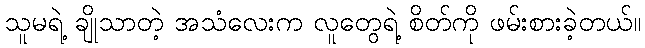
သူမရဲ့ ချိုသာတဲ့ အသံလေးက လူတွေရဲ့ စိတ်ကို ဖမ်းစားခဲ့တယ်။